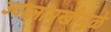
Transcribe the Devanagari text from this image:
ज्वालामुखीमुळे